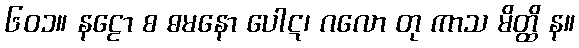
၆၀၁။ နဠော စ ဓမနော ပေါဋ၊ ဂလော တု ကာသ မိတ္ထိ န။